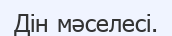
Дін мәселесі.